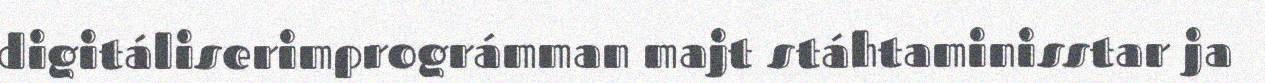
digitáliserimprográmman majt stáhtaminisstar ja